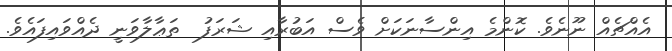
އެއްޗެއް ނޫނެވެ. ކޮންމެ އިންސާނަކަށް ވެސް އަބުރާއި ޝަރަފު  ތަޢާލާވަނީ ދެއްވައިފައެވެ.